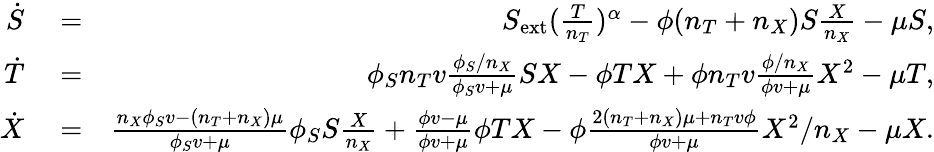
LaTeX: \begin{array}{rlr}{\dot{S}}&{{}=}&{S_{\mathrm{ext}}(\frac{T}{n_{T}})^{\alpha}-\phi(n_{T}+n_{X})S\frac{X}{n_{X}}-\mu S,}\\ {\dot{T}}&{{}=}&{\phi_{S}n_{T}v\frac{\phi_{S}/n_{X}}{\phi_{S}v+\mu}SX-\phi TX+\phi n_{T}v\frac{\phi/n_{X}}{\phi v+\mu}X^{2}-\mu T,}\\ {\dot{X}}&{{}=}&{\frac{n_{X}\phi_{S}v-(n_{T}+n_{X})\mu}{\phi_{S}v+\mu}\phi_{S}S\frac{X}{n_{X}}+\frac{\phi v-\mu}{\phi v+\mu}\phi TX-\phi\frac{2(n_{T}+n_{X})\mu+n_{T}v\phi}{\phi v+\mu}X^{2}/n_{X}-\mu X.}\end{array}